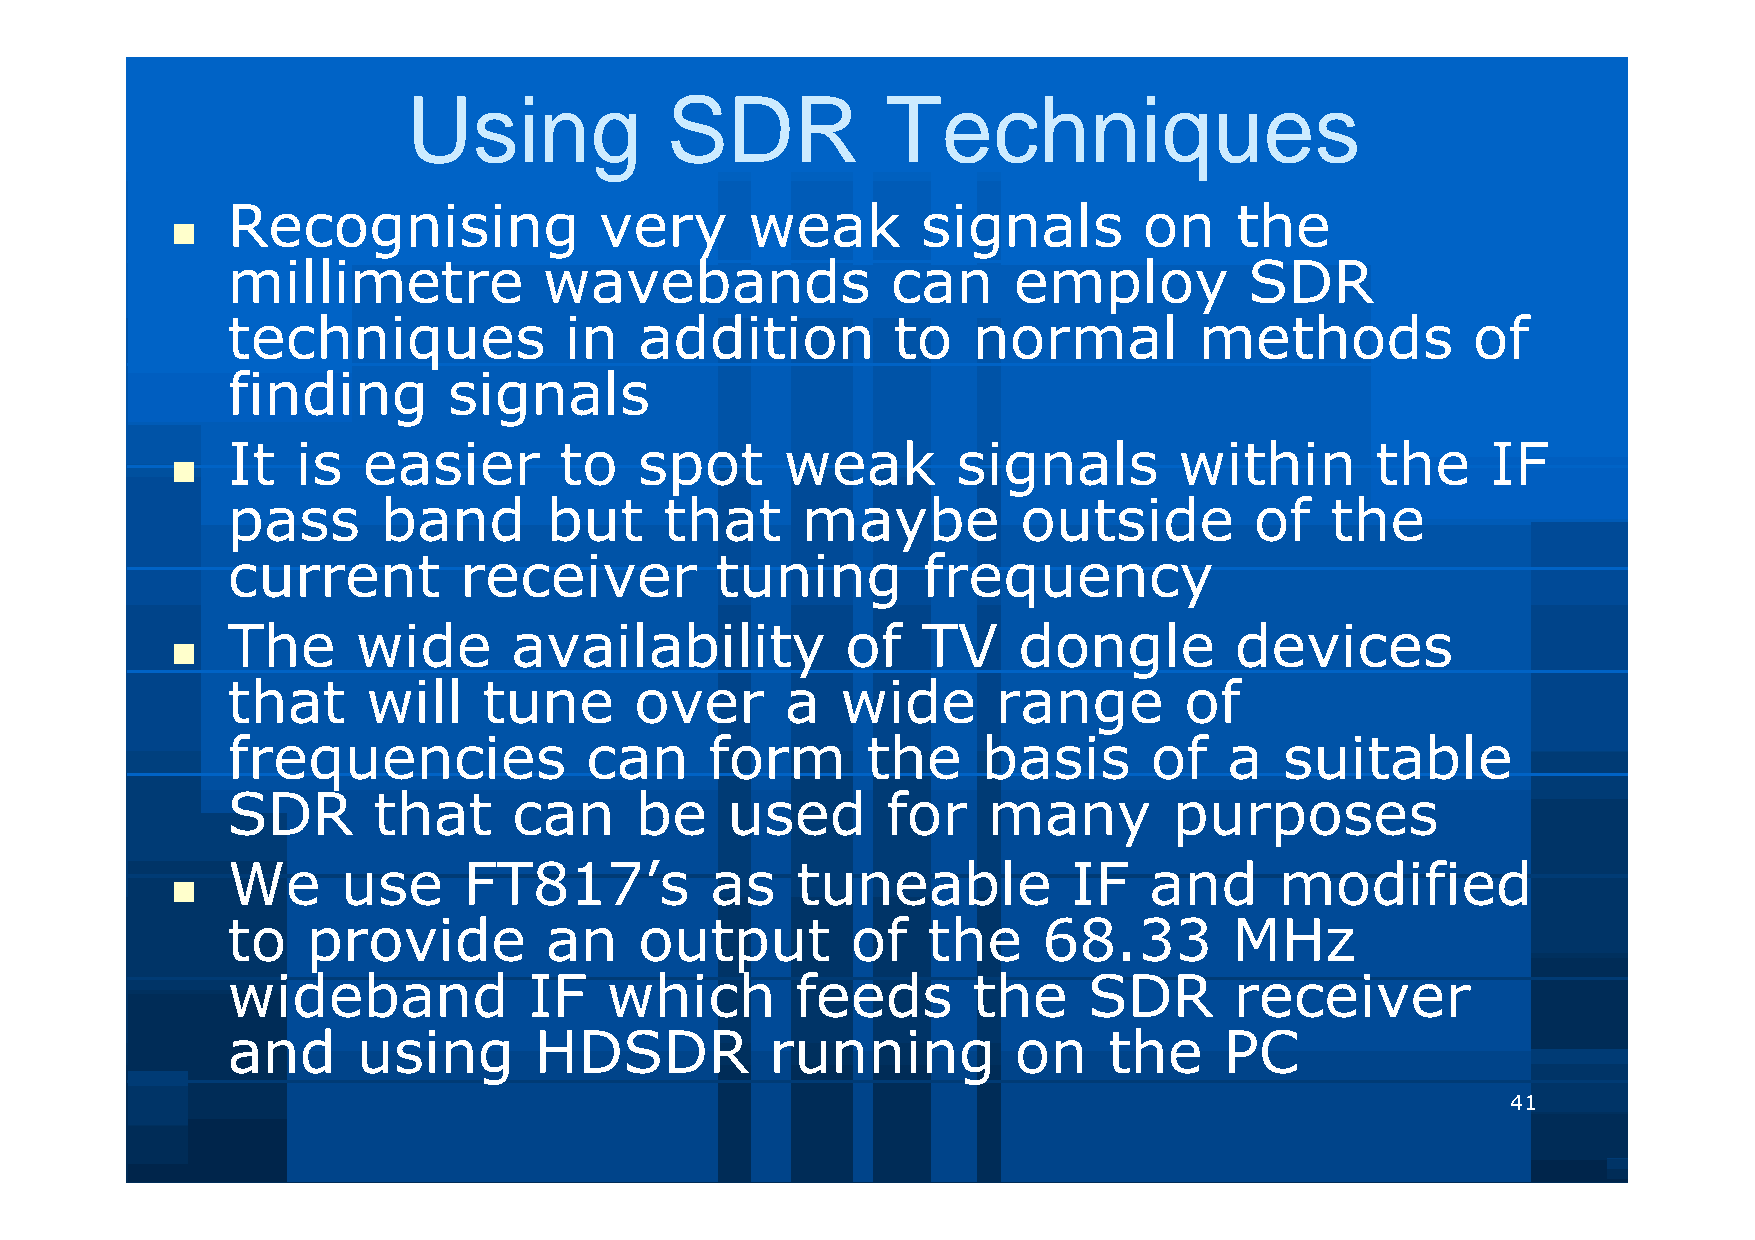
Using            SDR            Techniques
 Recognising              very      weak       signals        on    the
 
 millimetre           wavebands              can     employ          SDR
 techniques            in   addition         to   normal         methods           of
 finding        signals
 It   is  easier       to   spot      weak       signals        within       the     IF
 
 pass      band       but     that     maybe          outside        of   the
 current        receiver         tuning        frequency
 The      wide      availability          of   TV    dongle         devices
 
 that     will    tune      over      a   wide      range       of
 frequencies             can     form      the     basis      of   a   suitable
 SDR       that     can     be    used       for   many         purposes
 We      use     FT817’s         as    tuneable          IF   and      modified
 
 to   provide         an    output        of   the     68.33        MHz
 wideband            IF   which        feeds      the     SDR       receiver
 and      using      HDSDR           running         on    the     PC
 41